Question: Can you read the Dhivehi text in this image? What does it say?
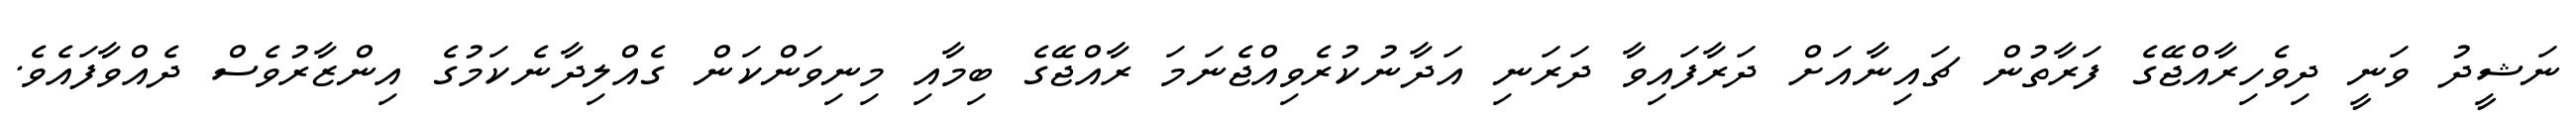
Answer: ނަޝީދު ވަނީ ދިވެހިރާއްޖޭގެ ފަރާތުން ޗައިނާއަށް ދަރާފައިވާ ދަރަނި އަދާނުކުރެވިއްޖެނަމަ ރާއްޖޭގެ ބިމާއި މިނިވަންކަން ގެއްލިދާނެކަމުގެ އިންޒާރުވެސް ދެއްވާފައެވެ.